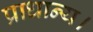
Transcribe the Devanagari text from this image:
प्राधान्य।